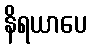
နိရယာပေ